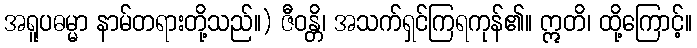
အရူပဓမ္မာ နာမ်တရားတို့သည်။) ဇီဝန္တိ၊ အသက်ရှင်ကြရကုန်၏။ ဣတိ၊ ထို့ကြောင့်။